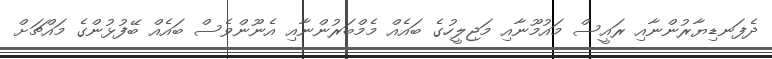
ދެފަނޑިޔާރުންނާއި ރައީސް މައުމޫނާއި މަޖިލީހުގެ ބައެއް މެމްބަރުންނާއި އެނޫންވެސް ބައެއް ބޭފުޅުންގެ މައްޗަށް